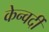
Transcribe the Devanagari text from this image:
केन्वर्दी